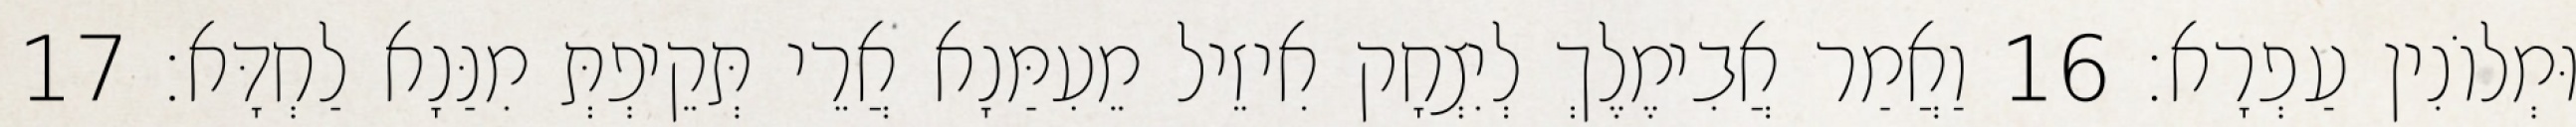
וּמְלוֹנִין עַפְרָא׃ 16 וַאֲמַר אֲבִימֶלֶךְ לְיִצְחָק אִיזֵיל מֵעִמַּנָא אֲרֵי תְּקֵיפְתְּ מִנַּנָא לַחְדָּא׃ 17